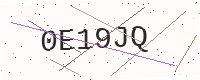
Text: 0E19JQ